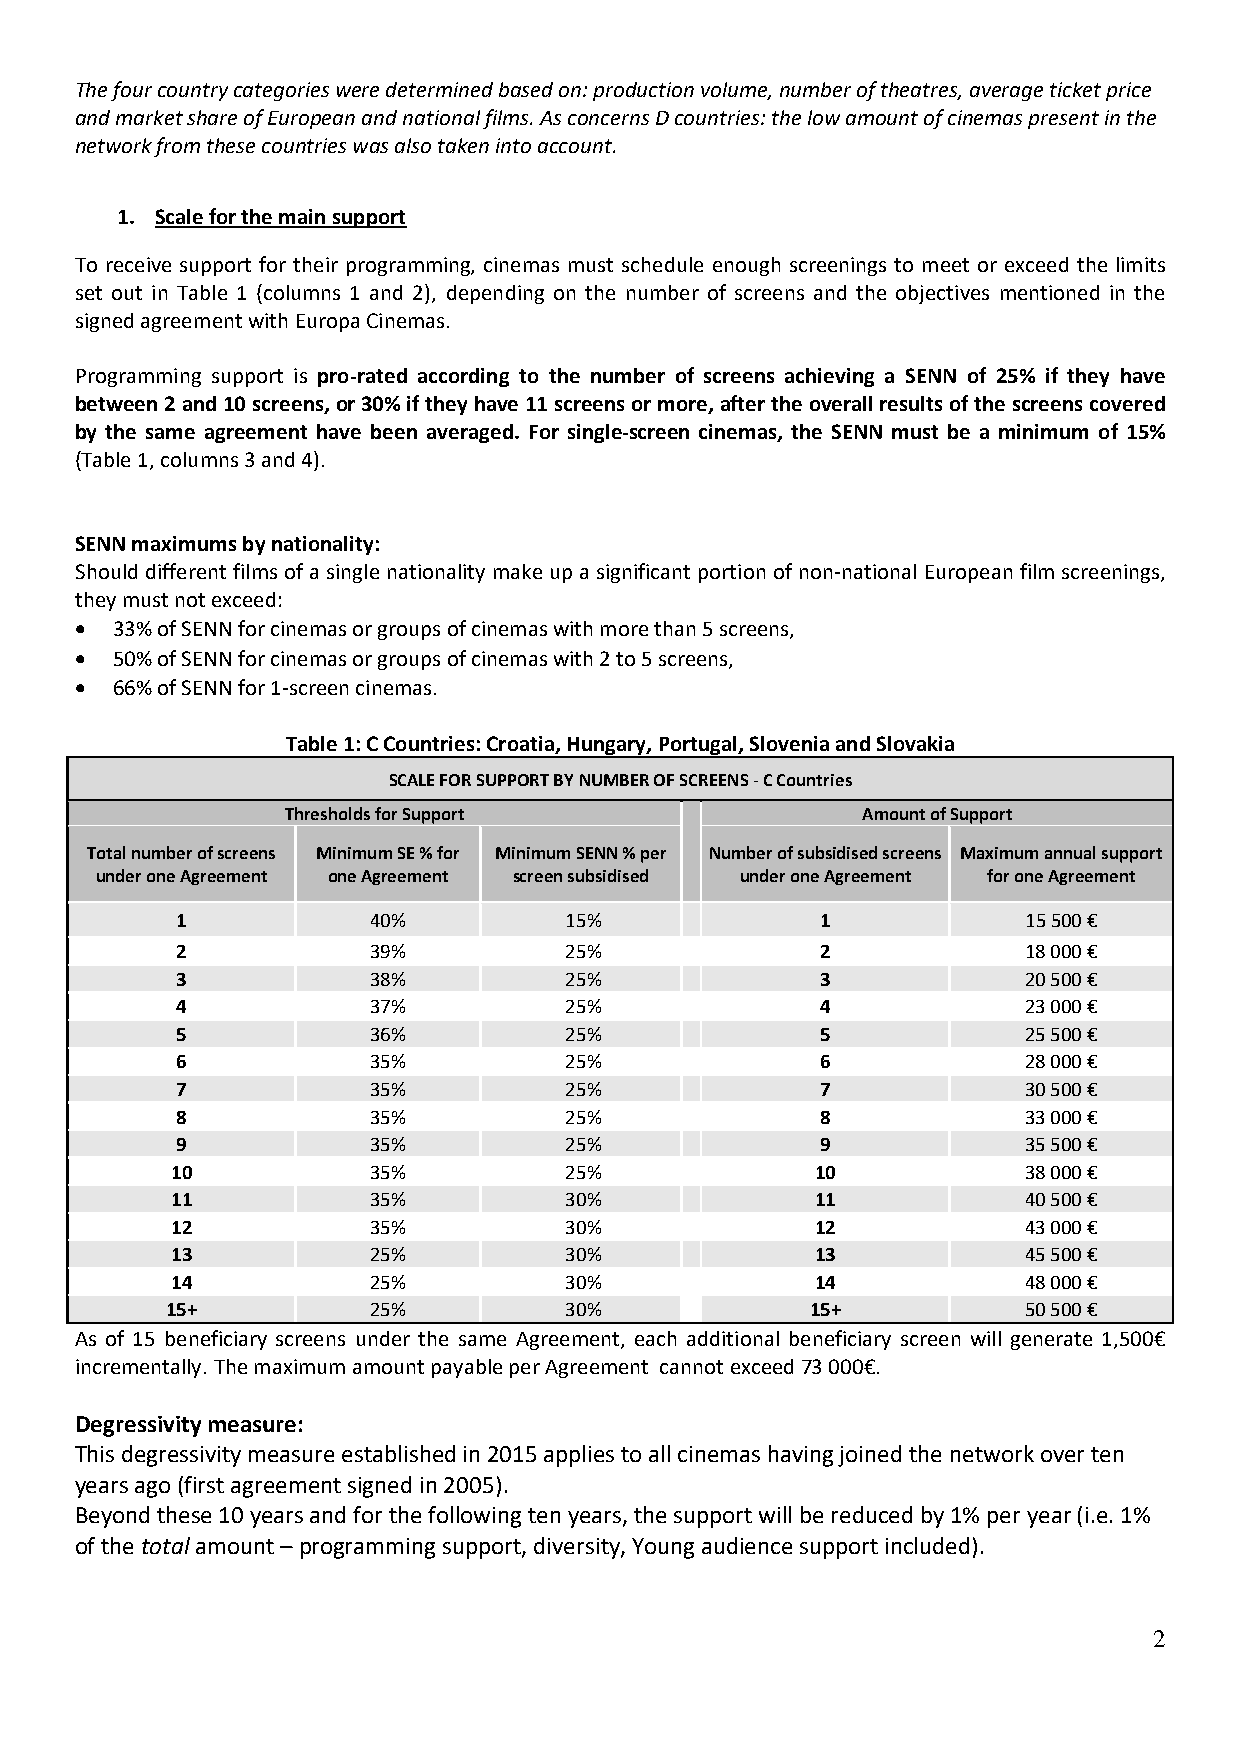
The four country categories were determined based on: production volume, number of theatres, average ticket price
 and market share of European and national films. As concerns D countries: the low amount of cinemas present in the
 network from these countries was also taken into account.
 1. Scale for the main support
 To receive support for their programming, cinemas must schedule enough screenings to meet or exceed the limits
 set out in Table 1 (columns 1 and 2), depending on the number of screens and the objectives mentioned in the
 signed agreement with Europa Cinemas.
 Programming support is pro-rated according to the number of screens achieving a SENN of 25% if they have
 between 2 and 10 screens, or 30% if they have 11 screens or more, after the overall results of the screens covered
 by the same agreement have been averaged. For single-screen cinemas, the SENN must be a minimum of 15%
 (Table 1, columns 3 and 4).
 SENN maximums by nationality:
 Should different films of a single nationality make up a significant portion of non-national European film screenings,
 they must not exceed:
 • 33% of SENN for cinemas or groups of cinemas with more than 5 screens,
 • 50% of SENN for cinemas or groups of cinemas with 2 to 5 screens,
 • 66% of SENN for 1-screen cinemas.
 Table 1: C Countries: Croatia, Hungary, Portugal, Slovenia and Slovakia
 SCALE FOR SUPPORT BY NUMBER OF SCREENS - C Countries
 Thresholds for Support                Amount of Support
 Total number of screens Minimum SE % for Minimum SENN % per Number of subsidised screens Maximum annual support
 under one Agreement one Agreement screen subsidised under one Agreement for one Agreement
 1           40%          15%              1             15 500 €
 2           39%          25%              2             18 000 €
 3           38%          25%              3             20 500 €
 4           37%          25%              4             23 000 €
 5           36%          25%              5             25 500 €
 6           35%          25%              6             28 000 €
 7           35%          25%              7             30 500 €
 8           35%          25%              8             33 000 €
 9           35%          25%              9             35 500 €
 10           35%          25%              10            38 000 €
 11           35%          30%              11            40 500 €
 12           35%          30%              12            43 000 €
 13           25%          30%              13            45 500 €
 14           25%          30%              14            48 000 €
 15+          25%          30%              15+           50 500 €
 As of 15 beneficiary screens under the same Agreement, each additional beneficiary screen will generate 1,500€
 incrementally. The maximum amount payable per Agreement cannot exceed 73 000€.
 Degressivity measure:
 This degressivity measure established in 2015 applies to all cinemas having joined the network over ten
 years ago (first agreement signed in 2005).
 Beyond these 10 years and for the following ten years, the support will be reduced by 1% per year (i.e. 1%
 of the total amount – programming support, diversity, Young audience support included).
 2